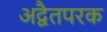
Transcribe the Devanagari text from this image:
अद्वैतपरक